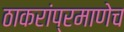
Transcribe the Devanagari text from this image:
ठाकरांप्रमाणेच